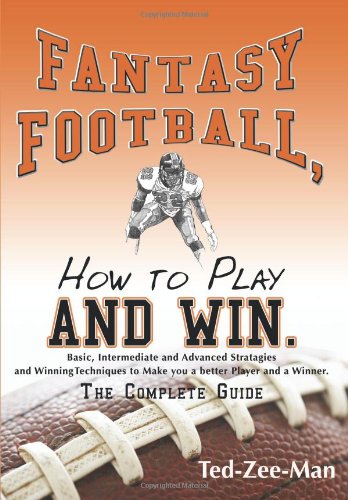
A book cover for Fantasy Football, How to Play and Win.: The Complete Guide; Ted-Zee-Man; Humor & Entertainment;